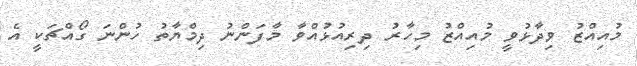
މުއިއްޒު ވިދާޅުވީ މުއިއްޒު މިހާރު ދިރިއުޅުއްވާ މާފަންނު ދިމްޔާތު ހުންނަ ގޯއްޗަކީ އެ